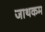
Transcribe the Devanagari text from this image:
जाथकम